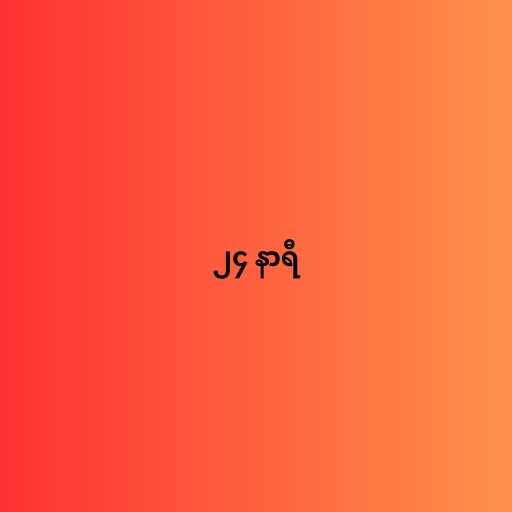
၂၄ နာရီ